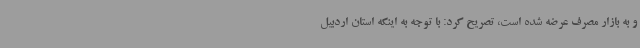
و به بازار مصرف عرضه شده است، تصریح کرد: با توجه به اینکه استان اردبیل